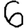
Digit: 6